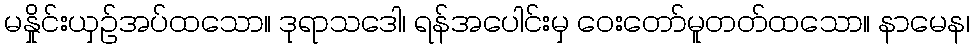
မနှိုင်းယှဉ်အပ်ထသော။ ဒုရာသဒေါ၊ ရန်အပေါင်းမှ ဝေးတော်မူတတ်ထသော။ နာမေန၊